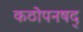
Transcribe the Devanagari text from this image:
कठोपनषद्